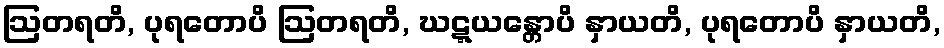
ဩတရတိ, ပုရတောပိ ဩတရတိ, ဃဋ္ဋယန္တောပိ နှာယတိ, ပုရတောပိ နှာယတိ,